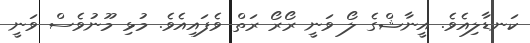
ކަނޑާލިއެވެ. އީނާޝްގެ ލޯ ވަނީ ރޯރޯ ރަތް ވެފައިއެވެ. މުޅި މޫނުވެސް ވަނީ